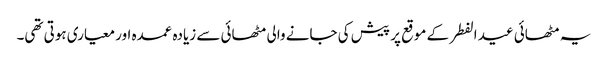
یہ مٹھائی عید الفطر کے موقع پر پیش کی جانے والی مٹھائی سے زیادہ عمدہ اور معیاری ہوتی تھی۔